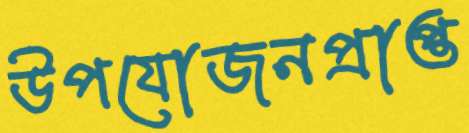
উপযোজনপ্রাপ্ত